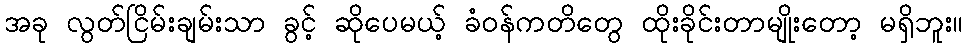
အခု လွတ်ငြိမ်းချမ်းသာ ခွင့် ဆိုပေမယ့် ခံဝန်ကတိတွေ ထိုးခိုင်းတာမျိုးတော့ မရှိဘူး။